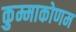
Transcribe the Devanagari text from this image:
कुम्माकोणम